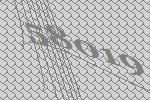
58019